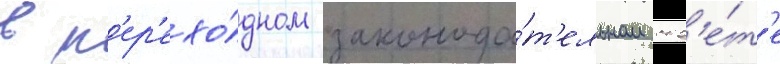
в п'ер'ехо́дном законода́т'ельном сов'е́т'е